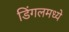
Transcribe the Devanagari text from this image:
डिंगलमध्ये